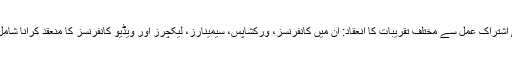
باہمی اشتراک عمل سے مختلف تقریبات کا انعقاد: ان میں کانفرنسز، ورکشاپس، سیمینارز، لیکچرز اور ویڈیو کانفرنسز کا منعقد کرانا شامل ہے۔